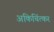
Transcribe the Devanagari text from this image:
अकिचिंत्कर